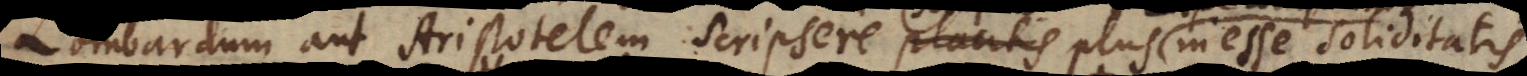
Lombardum aut Aristotelem scripsere scriptis plus saepe inesse soliditatis